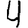
Digit: 4